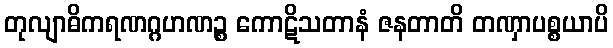
တုလျာဓိကရဏဂ္ဂဟဏဉ္စ ကောဋိသတာနံ ဇနတာတိ တဏှာပစ္စယာပိ